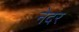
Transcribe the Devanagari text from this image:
नेदर